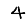
Digit: 4